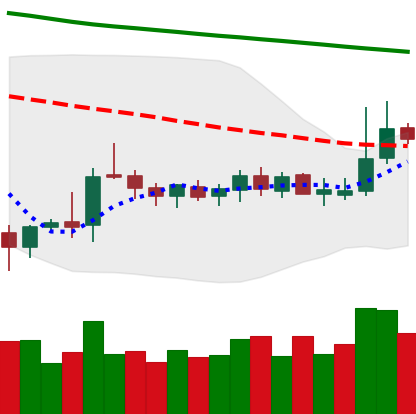
Ticker: DOGE-USD
Chart end date: 2019-10-15
Forward return: 8.765%
Label: up_7plus